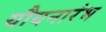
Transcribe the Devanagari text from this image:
यौयनारंभ